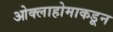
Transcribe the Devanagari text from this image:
ओक्लाहोमाकडून